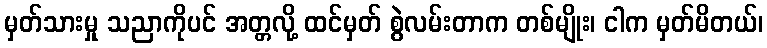
မှတ်သားမှု သညာကိုပင် အတ္တလို့ ထင်မှတ် စွဲလမ်းတာက တစ်မျိုး၊ ငါက မှတ်မိတယ်၊